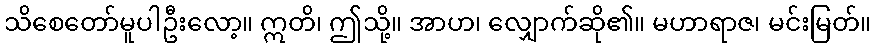
သိစေတော်မူပါဦးလော့။ ဣတိ၊ ဤသို့။ အာဟ၊ လျှောက်ဆို၏။ မဟာရာဇ၊ မင်းမြတ်။